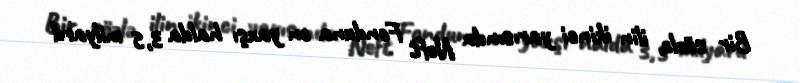
Bir sözlə, ilin ikinci yarısında Neft Fonduna ən yaxşı halda 3,5 milyard